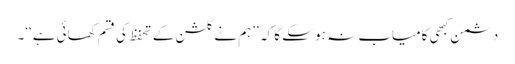
دشمن کبھی کامیاب نہ ہو سکے گا کہ ’’ہم نے گلشن کے تحفظ کی قسم کھائی ہے‘‘۔